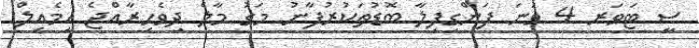
ސީ ޓަވަރ 4 ވަނަ ފަންގިފިލާ ބޮޑުތަކުރުފާނު މަގު މާލެ ދިވެހިރާއްޖެ އީމެއިލް: